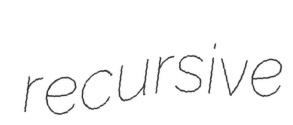
recursive